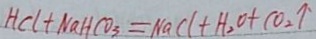
H C l + N a H C O _ { 3 } = N a C l + H _ { 2 } O + C O _ { 2 } \uparrow